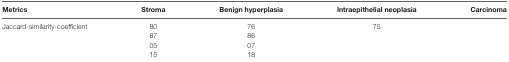
<table><thead><tr><td><b>Metrics</b></td><td><b>Stroma</b></td><td><b>Benign hyperplasia</b></td><td><b>Intraepithelial neoplasia</b></td><td><b>Carcinoma</b></td></tr></thead><tbody><tr><td>Jaccard-similarity-coefficient</td><td>80</td><td>76</td><td>75</td><td>[EMPTY_CELL]</td></tr><tr><td>[EMPTY_CELL]</td><td>87</td><td>86</td><td>[EMPTY_CELL]</td><td>[EMPTY_CELL]</td></tr><tr><td>[EMPTY_CELL]</td><td>05</td><td>07</td><td>[EMPTY_CELL]</td><td>[EMPTY_CELL]</td></tr><tr><td>[EMPTY_CELL]</td><td>15</td><td>18</td><td>[EMPTY_CELL]</td><td>[EMPTY_CELL]</td></tr></tbody></table>